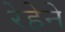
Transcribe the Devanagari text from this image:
रेहेने